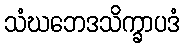
သံဃဘေဒသိက္ခာပဒံ